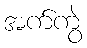
အက်ကွဲ